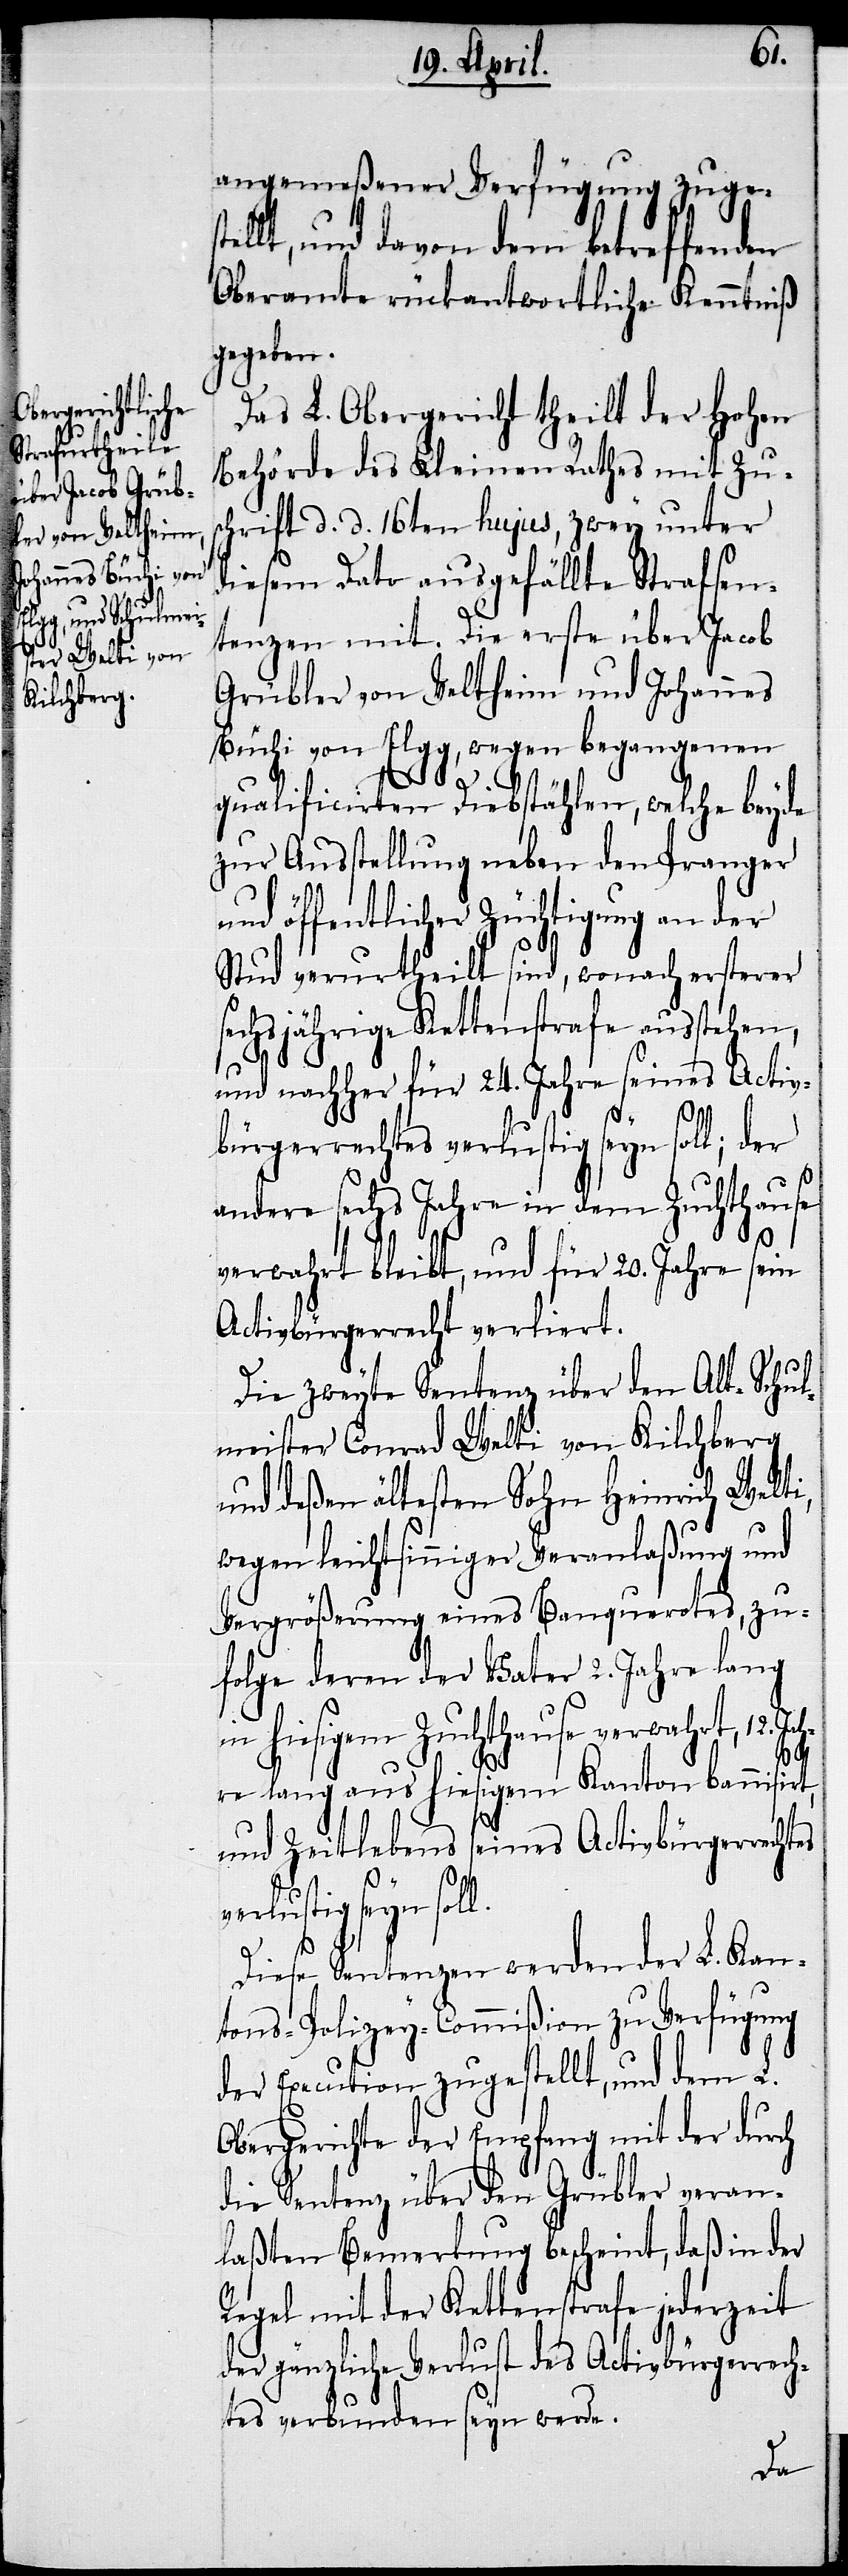
st¬
angemeßener Verfügung zuge¬
ellt, und davon dem betreffenden
Oberamte rückantwortliche Kenntniß
gegeben.
Das L. Obergericht theilt der Hohen
Behörde des Kleinen Rathes mit Zus¬
chrift d. d. 16ten hujus, zwey unter
diesem Dato ausgefällte Strafsen¬
tenzen mit. Die erste über Jacob
Grübler von Veltheim und Johannes
Büchi von Elgg, wegen begangenen
qualificirten Diebstählen, welche beyde
zur Ausstellung neben den Pranger
und öffentlicher Züchtigung an der
Stud verurtheilt sind, wonach ersterer
sechsjährige Kettenstrafe ausstehen,
und nachher für 24. Jahre seines Activ¬
bürgerrechtes verlustig seyn soll; der
andere sechs Jahre in dem Zuchthause
verwahrt bleibt, und für 20. Jahre sein
Activbürgerrecht verliert.
Die zweyte Sentenz über den Alt-Schul¬
meister Conrad Welti von Kilchberg
und deßen ältesten Sohn Heinrich Welti,
wegen leichtsinniger Veranlaßung und
Vergrößerung eines Banquerotes, zu¬
folge deren der Vater 2. Jahre lang
in hiesigem Zuchthause verwahrt, 12.
Ja¬
hre lang aus hiesigem Kanton bannisirt,
und Zeitlebens seines Activbürgerrechtes
verlustig seyn soll.
Diese Sentenzen werden der L. Kan¬
tons-Polizey-Commißion zu Verfügung
der Execution zugestellt, und dem L.
Obergerichte der Empfang mit der durch
die Sentenz über den Grübler veran¬
laßten Bemerkung bescheint, daß in der
Regel mit der Kettenstrafe jederzeit
der gänzliche Verlust des Activbürgerrech¬
tes verbunden seyn werde.